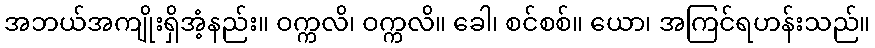
အဘယ်အကျိုးရှိအံ့နည်း။ ဝက္ကလိ၊ ဝက္ကလိ။ ခေါ၊ စင်စစ်။ ယော၊ အကြင်ရဟန်းသည်။